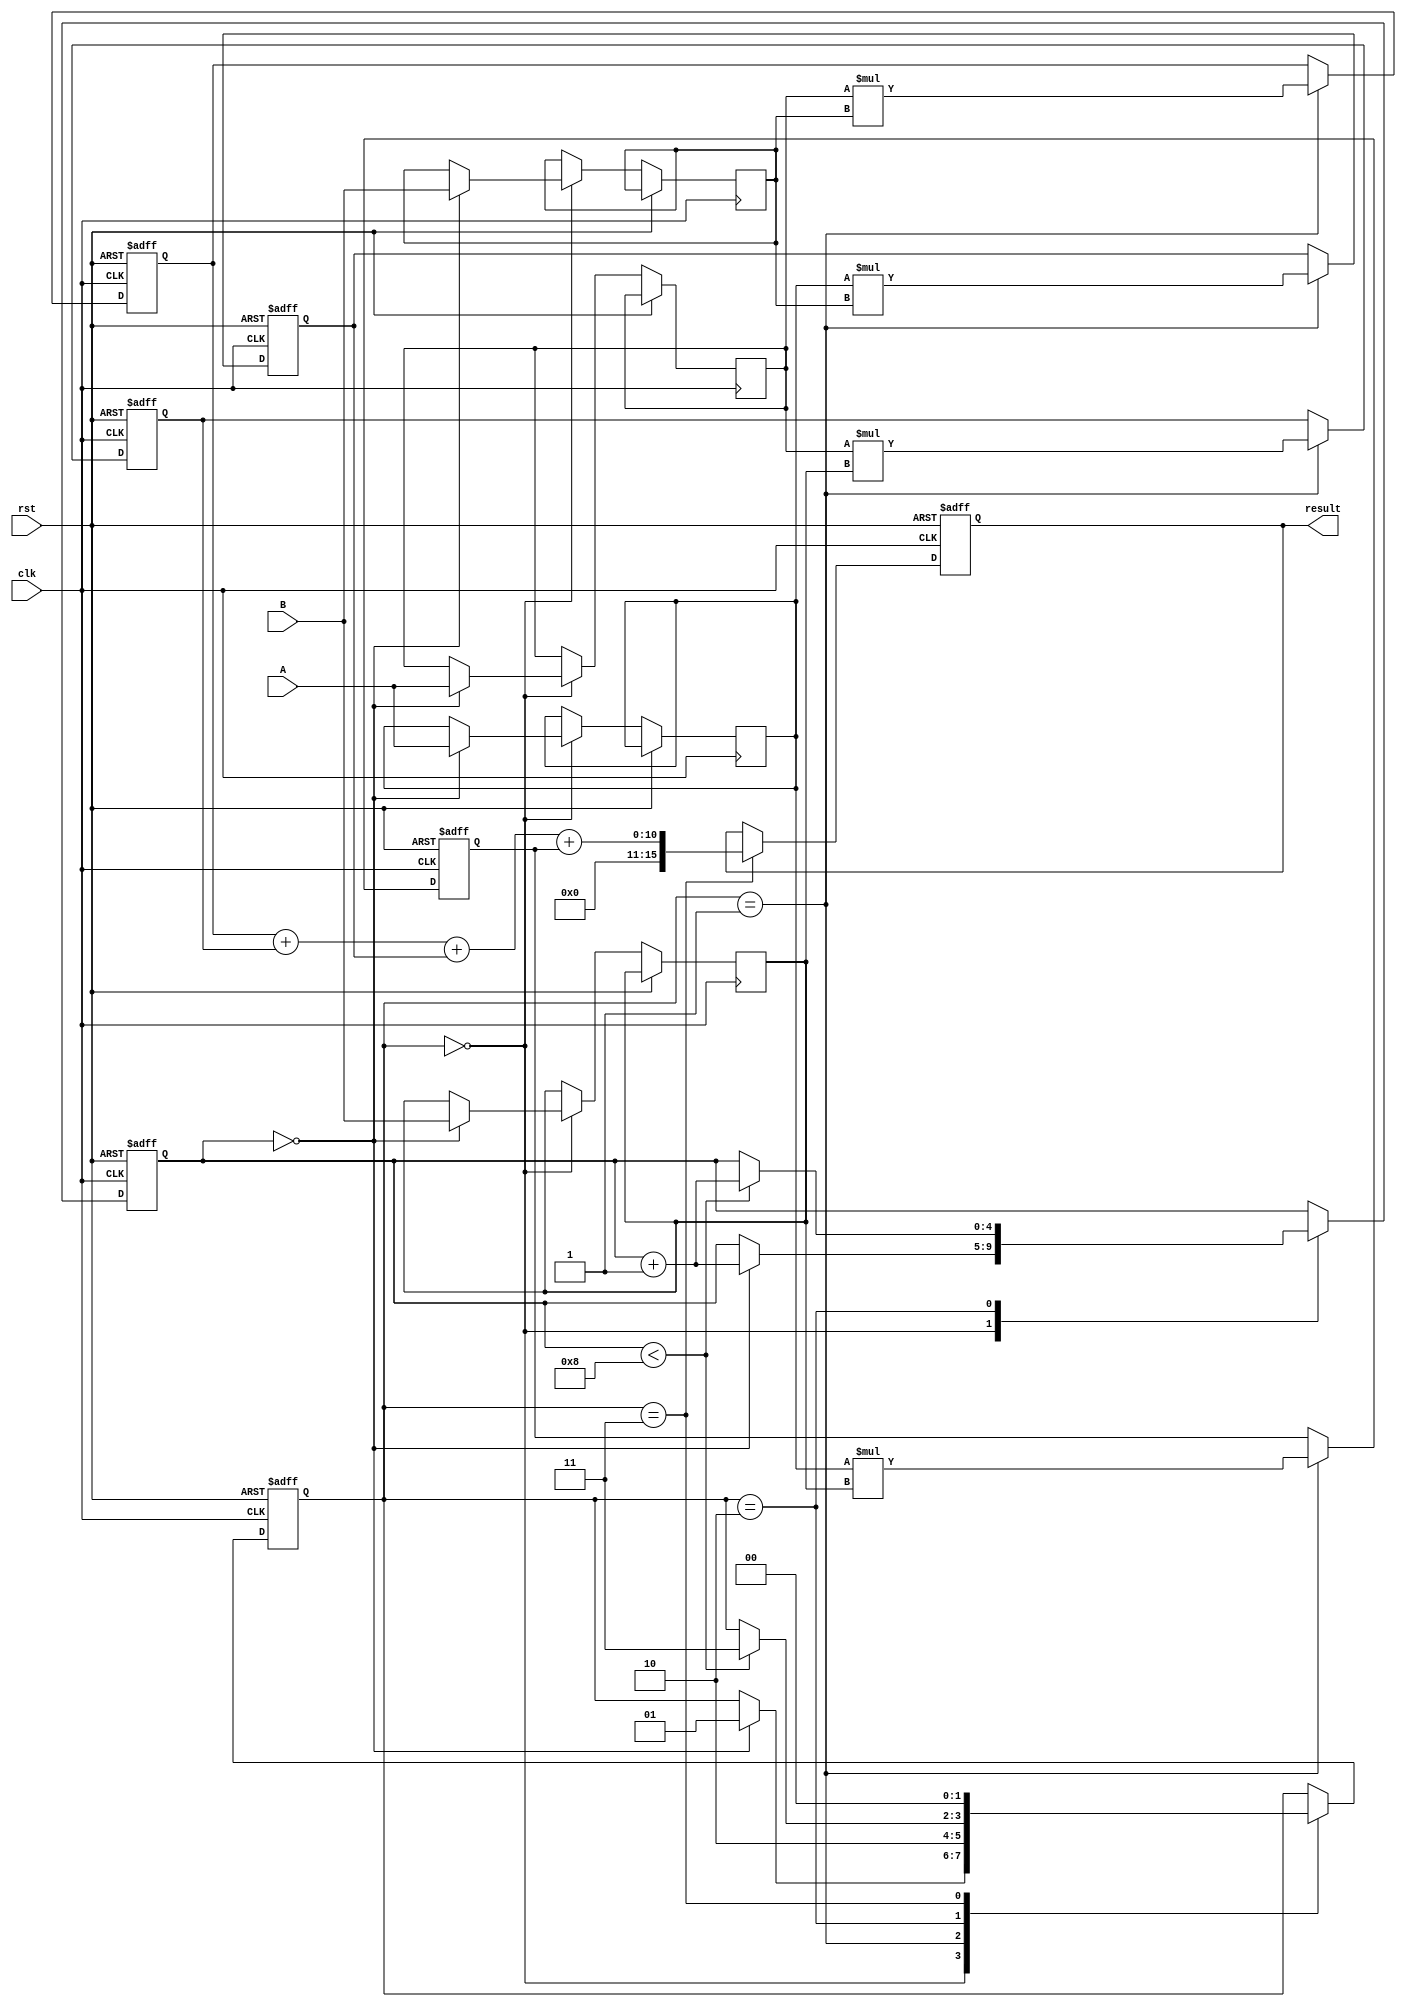
module Systolic_Multiplier #(
    parameter WIDTH = 8 // Width of inputs A and B
)(
    input clk,
    input rst,
    input [WIDTH-1:0] A,
    input [WIDTH-1:0] B,
    output reg [2*WIDTH-1:0] result // Final product
);

    // Processing Element (PE) structure
    reg [WIDTH-1:0] PE [1:0][1:0]; // 2x2 PE array
    reg [WIDTH-1:0] partial_product [1:0][1:0]; // Store partial products

    // Control signals
    reg [1:0] state; // Simple FSM state
    reg [4:0] count; // Count cycles for pipelining

    // State Definitions
    localparam IDLE = 2'b00,
               LOAD_A = 2'b01,
               LOAD_B = 2'b10,
               ACCUMULATE = 2'b11;

    // Synchronous reset & state machine
    always @(posedge clk or posedge rst) begin
        if (rst) begin
            state <= IDLE;
            count <= 0;
            result <= 0;
            // Initialize PE array
            partial_product[0][0] <= 0;
            partial_product[0][1] <= 0;
            partial_product[1][0] <= 0;
            partial_product[1][1] <= 0;
        end else begin
            case (state)
                IDLE: begin
                    // Move to load state
                    if (count == 0) begin
                        PE[0][0] <= A;
                        PE[0][1] <= A;
                        PE[1][0] <= B;
                        PE[1][1] <= B;
                        state <= LOAD_A;
                        count <= count + 1;
                    end
                end
                
                LOAD_A: begin
                    // Generate partial products for A
                    partial_product[0][0] <= PE[0][0] * PE[1][0]; // A0 * B0
                    partial_product[0][1] <= PE[0][0] * PE[1][1]; // A0 * B1
                    partial_product[1][0] <= PE[0][1] * PE[1][0]; // A1 * B0
                    partial_product[1][1] <= PE[0][1] * PE[1][1]; // A1 * B1
                    state <= LOAD_B;
                end
                
                LOAD_B: begin
                    // Move to accumulation state
                    if (count < WIDTH) begin
                        count <= count + 1;
                        state <= ACCUMULATE;
                    end
                end
                
                ACCUMULATE: begin
                    // Accumulate results from partial products
                    result <= partial_product[0][0] + 
                               partial_product[0][1] + 
                               partial_product[1][0] + 
                               partial_product[1][1];
                    // Return to IDLE after accumulation
                    state <= IDLE;
                end
                
                default: state <= IDLE;
            endcase
        end
    end

endmodule